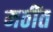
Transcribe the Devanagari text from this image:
मठींत